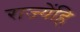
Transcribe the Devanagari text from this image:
राज्येंहि